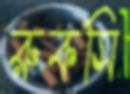
রুকসি